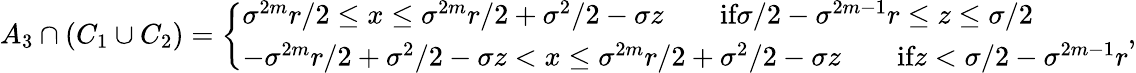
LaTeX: \begin{array}{r}{A_{3}\cap(C_{1}\cup C_{2})=\left\{ \begin{array}{ll}{\sigma^{2m}r/2\leq x\leq\sigma^{2m}r/2+\sigma^{2}/2-\sigma z\qquad\textrm{if}\sigma/2-\sigma^{2m-1}r\leq z\leq\sigma/2}\\ {-\sigma^{2m}r/2+\sigma^{2}/2-\sigma z<x\leq\sigma^{2m}r/2+\sigma^{2}/2-\sigma z\qquad\textrm{if}z<\sigma/2-\sigma^{2m-1}r}\end{array}\right.,}\end{array}